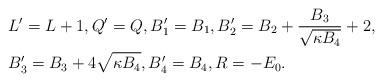
LaTeX: \begin{align*} &L'=L+1, Q'=Q, B'_1=B_1, B'_2= B_2 + \frac{B_3}{\sqrt{\kappa B_4}} + 2, \\ &B'_3 = B_3 + 4 \sqrt{\kappa B_4}, B'_4 = B_4, R = - E_0.\end{align*}